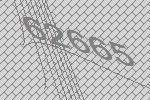
62665